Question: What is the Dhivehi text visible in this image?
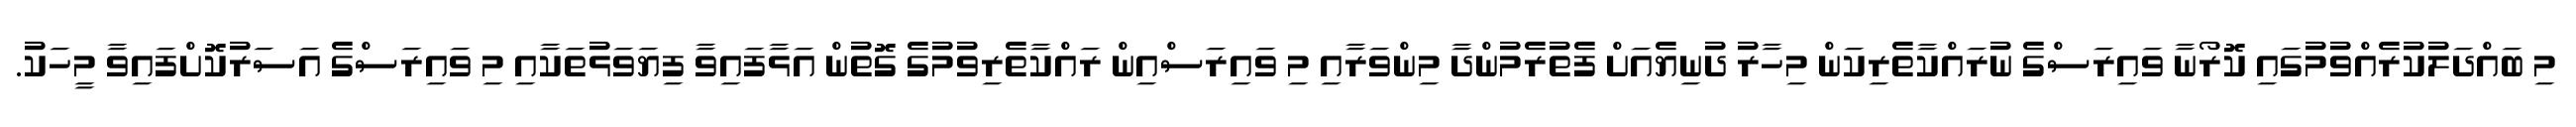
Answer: މި ބައްދަލުކުރެއްވުމުގައި ކޮރޯނާ ވައިރަސްގެ ނުރައްކާތެރިކަން މިހާރު ދުނިޔެއަށް ފެތުރެމުންދާ މިންވަރާއި މި ވައިރަސްއިން ރައްކާތެރިވުމުގެ ގޮތުން އަޅާފައިވާ ފިޔަވަޅުތަކާއި މި ވައިރަސްގެ އަސަރުކޮށްފައިވާ މީހަކު.